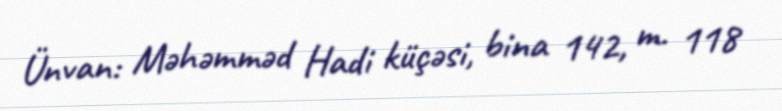
Ünvan: Məhəmməd Hadi küçəsi, bina 142, m. 118